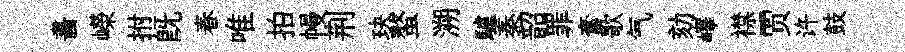
畵嶸拊旣春唯拍幔荆玦螯溯驢秦韶罪奮歌气劾嶧襟贾许鼓